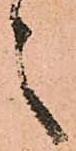
之